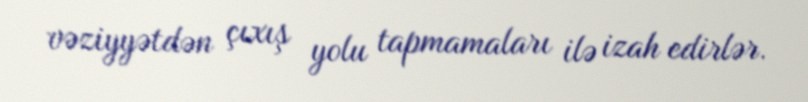
vəziyyətdən çıxış yolu tapmamaları ilə izah edirlər.